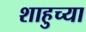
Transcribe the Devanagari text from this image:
शाहुच्या